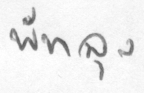
พัทลุง